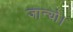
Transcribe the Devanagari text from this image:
जान्यो।